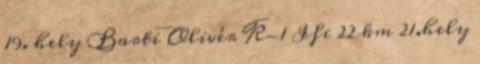
19. hely Barti Olivér K-1 Ifi 22 km 21.hely